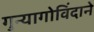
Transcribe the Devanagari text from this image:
गुन्यागोविंदाने